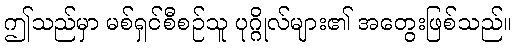
ဤသည်မှာ မစ်ရှင်စီစဉ်သူ ပုဂ္ဂိုလ်များ၏ အတွေးဖြစ်သည်။